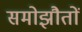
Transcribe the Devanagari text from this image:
समोझौतों